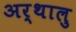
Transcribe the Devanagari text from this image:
अर्थालु